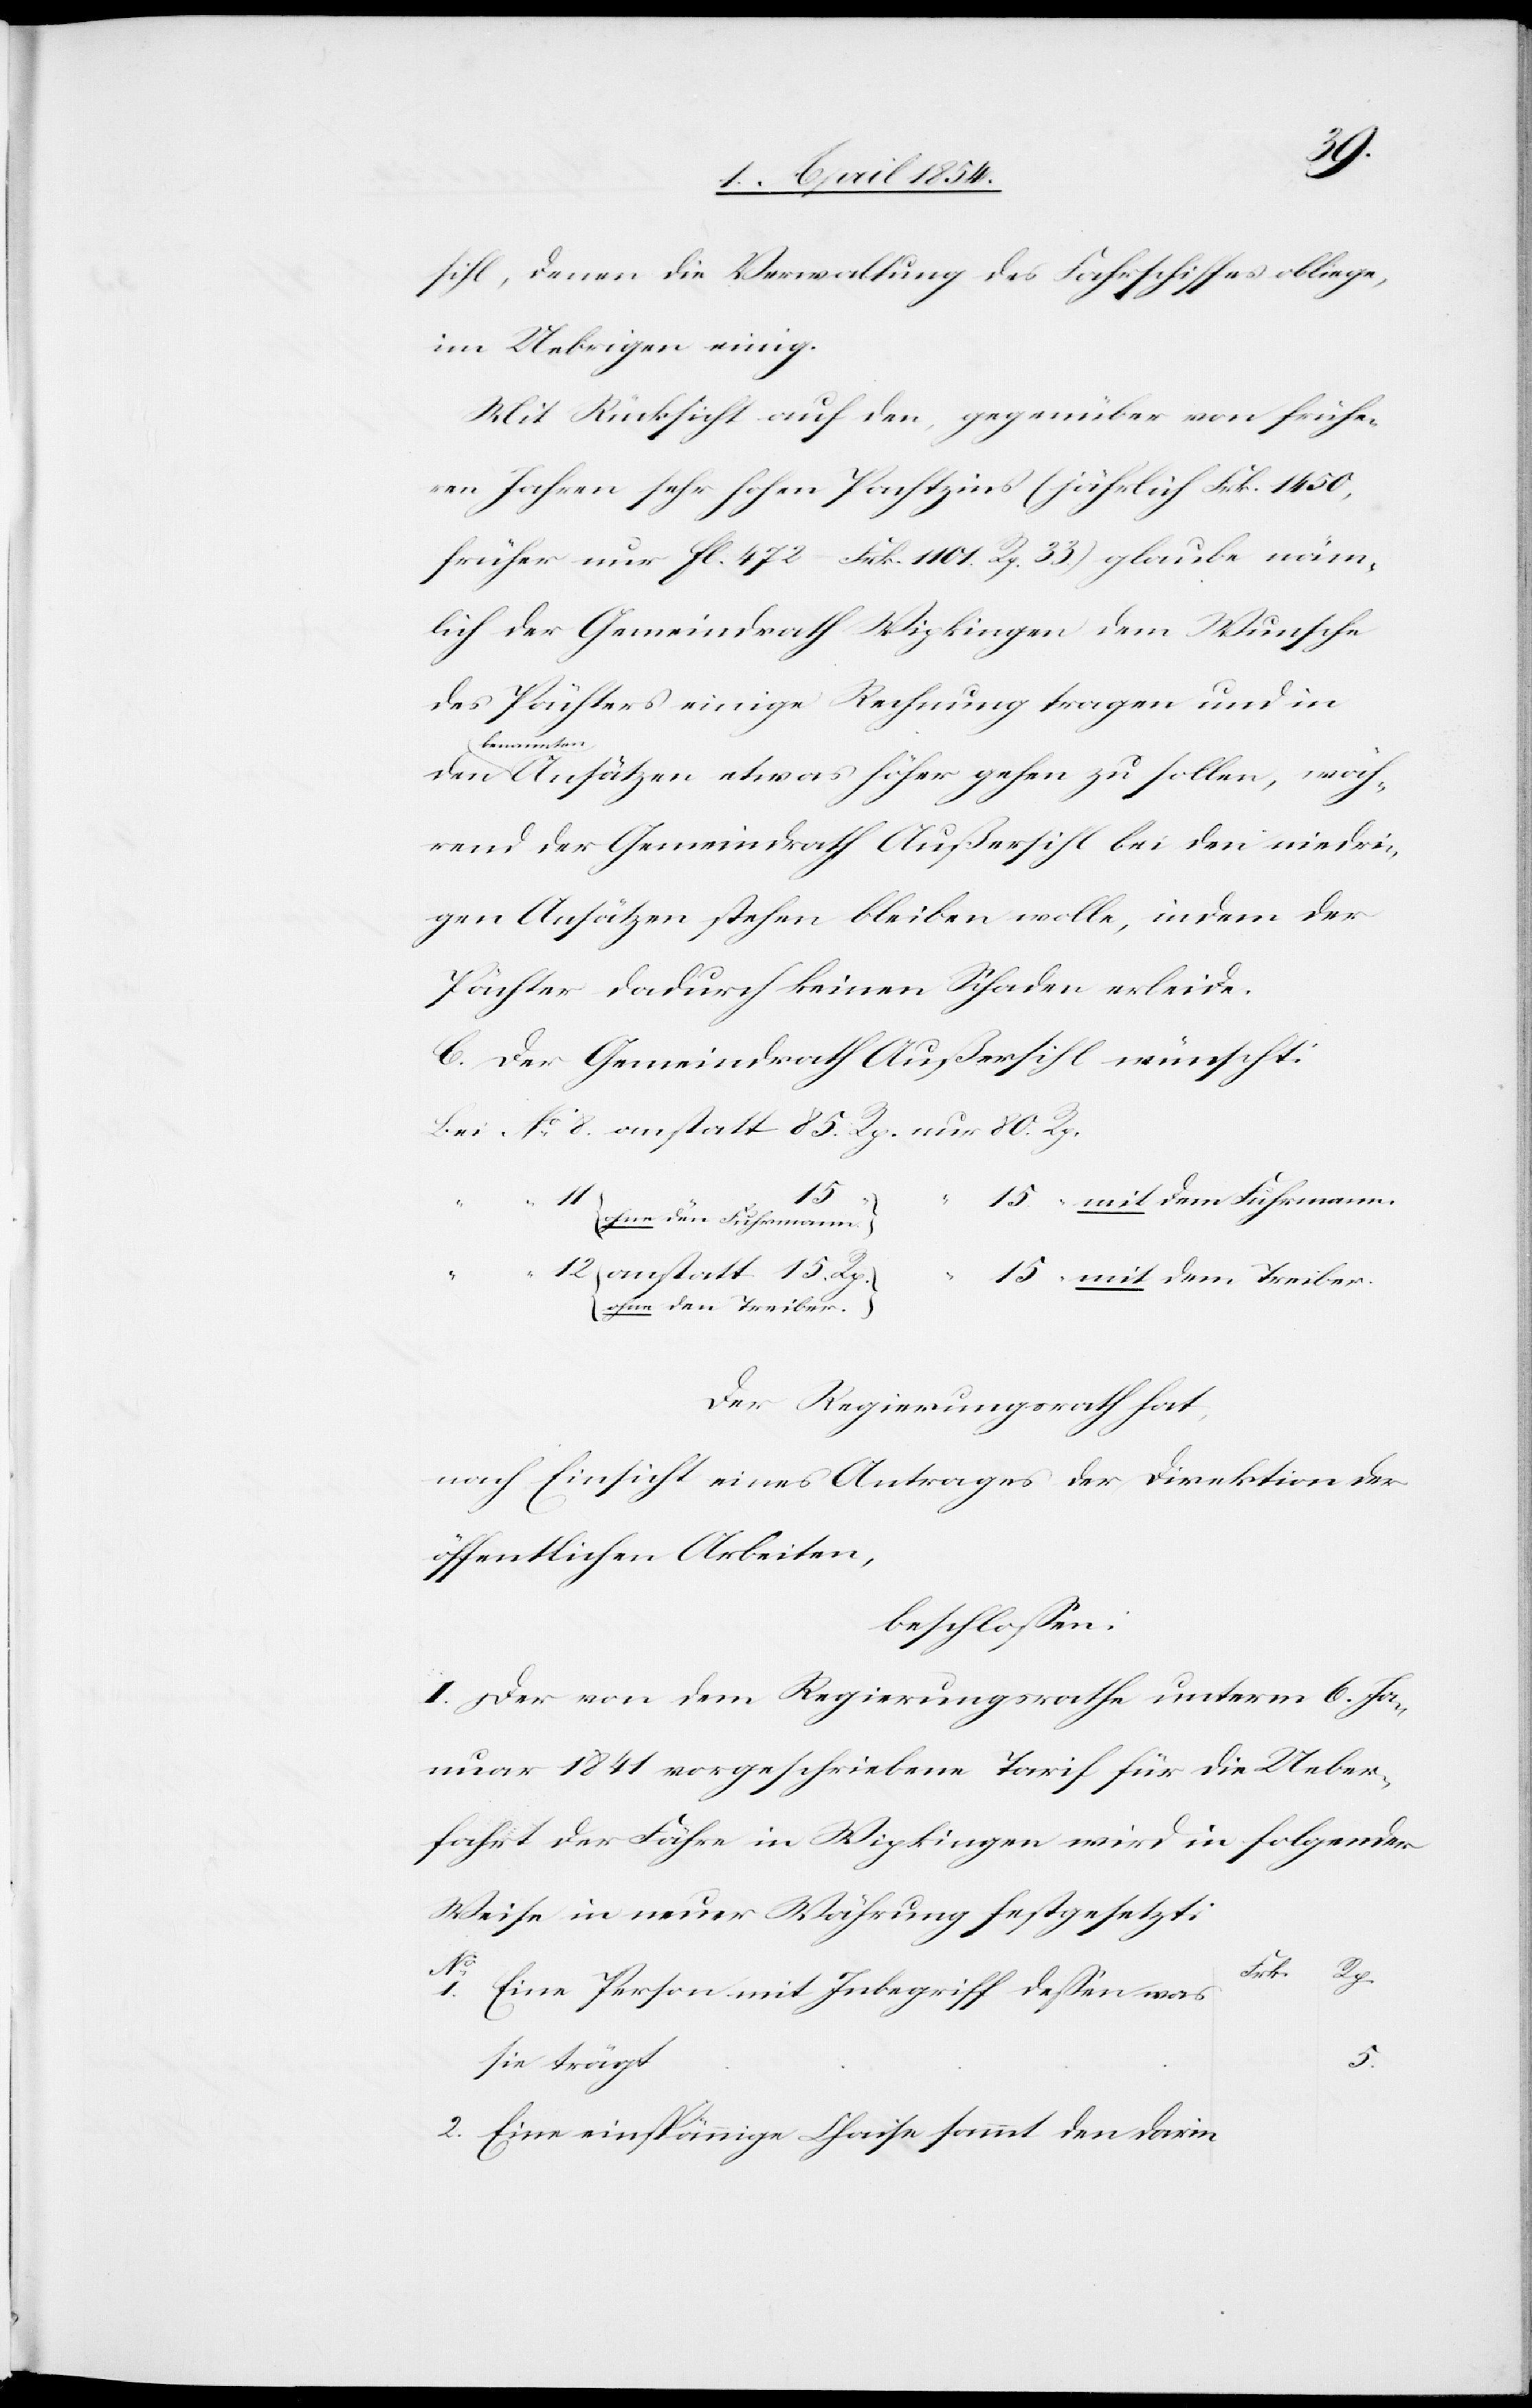
sihl, denen die Verwaltung des Fahrschiffes obliege,
im Uebrigen einig.
Mit Rücksicht auf den, gegenüber von frühe¬
ren Jahren sehr hohen Pachtzins (jährlich Frk. 1450,
früher nur fl. 472 – Frk. 1101. Rp. 33.) glaube näm¬
lich der Gemeindrath Wipkingen dem Wunsche
des Pächters einige Rechnung tragen und in
den a-benam¬
ten-a Ansätzen etwas höher gehen zu sollen, wäh¬
rend der Gemeindrath Außersihl bei den niedri¬
gen Ansätzen stehen bleiben wolle, indem der
Pächter dadurch keinen Schaden erleide.
C. Der Gemeindrath Außersihl wünscht:
15.
11.
15. “ mit dem Fuhrmann.
2.
ohne den Fuhrmann.
15. “ mit dem Treiber.
ohne den Treiber.
Der Regierungsrath hat,
nach Einsicht eines Antrages der Direktion der
öffentlichen Arbeiten,
beschloßen:
I. Der von dem Regierungsrathe unterm 6. Ja¬
nuar 1841 vorgeschriebene Tarif für die Ueber¬
fahrt der Fähre in Wipkingen wird in folgender
Weise in neuer Währung festgesetzt:
Eine Person mit Inbegriff deßen was
5.
sie trägt.
Eine einspännige Chaise sammt den darin